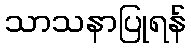
သာသနာပြုရန်